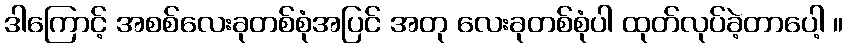
ဒါကြောင့် အစစ်လေးခုတစ်စုံအပြင် အတု လေးခုတစ်စုံပါ ထုတ်လုပ်ခဲ့တာပေါ့ ။